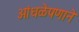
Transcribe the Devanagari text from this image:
आंधळेपणाने